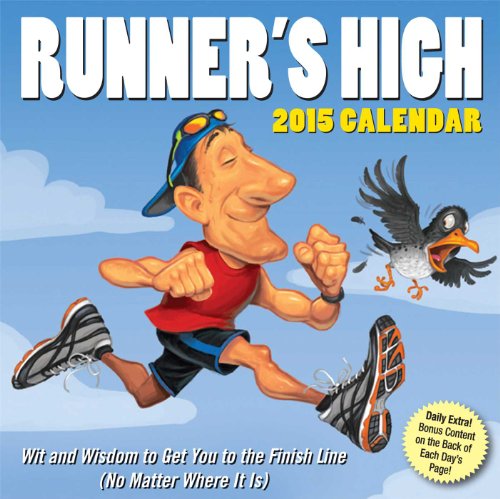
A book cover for Runner's High 2015 Day-to-Day Calendar: Wit and Wisdom to Get You to the Finish Line (No Matter Where It Is); Andrews McMeel Publishing LLC; Calendars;